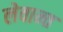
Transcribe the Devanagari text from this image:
लेवान्त